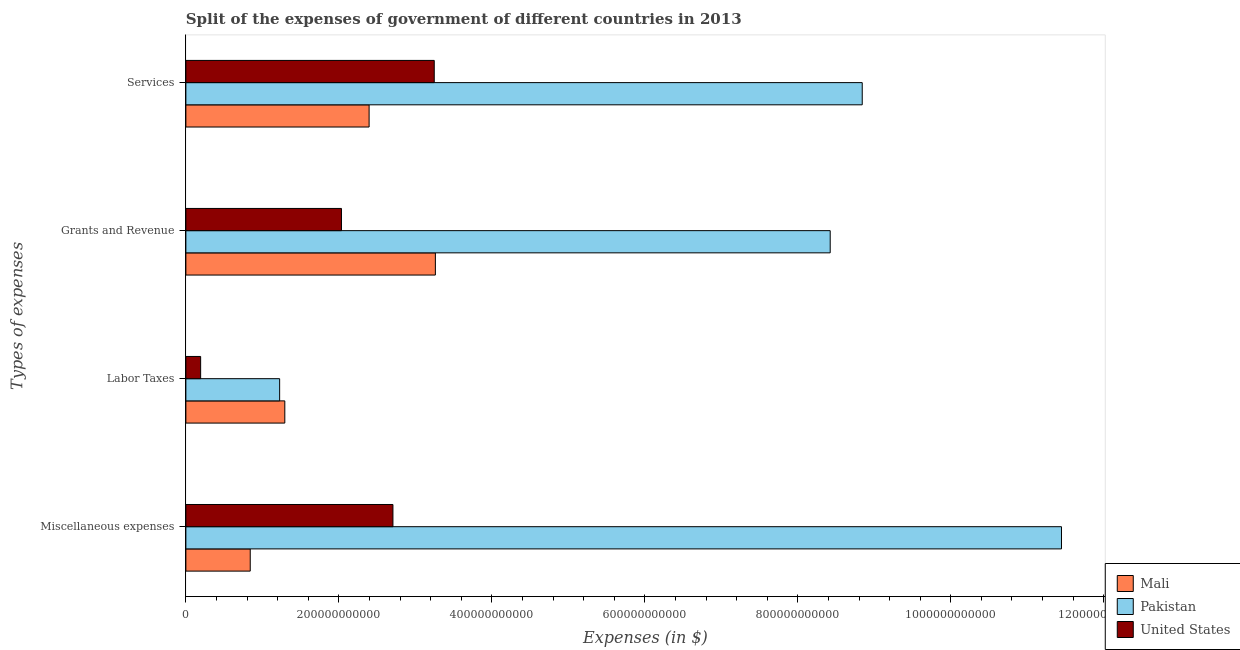
| Types of expenses | Mali | Pakistan | United States |
 | --- | --- | --- | --- |
 | Miscellaneous expenses | 8.41e+10 | 1.14e+12 | 2.71e+11 |
 | Labor Taxes | 1.29e+11 | 1.23e+11 | 1.93e+10 |
 | Grants and Revenue | 3.26e+11 | 8.42e+11 | 2.03e+11 |
 | Services | 2.4e+11 | 8.84e+11 | 3.25e+11 |